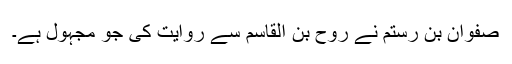
صفوان بن رستم نے روح بن القاسم سے روایت کی جو مجہول ہے۔